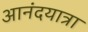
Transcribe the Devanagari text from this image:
आनंदयात्रा